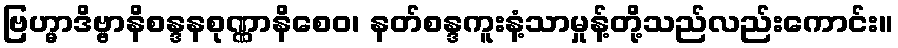
ဗြဟ္မာဒိဗ္ဗာနိစန္ဒနစုဏ္ဏာနိစေဝ၊ နတ်စန္ဒကူးနံ့သာမှုန့်တို့သည်လည်းကောင်း။